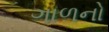
ગાળનો